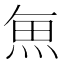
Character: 𮫯